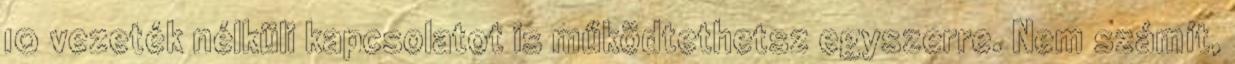
10 vezeték nélküli kapcsolatot is működtethetsz egyszerre. Nem számít,